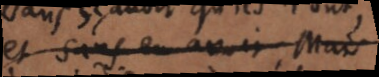
et sans en avoir; Mais